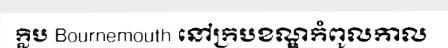
ក្លិប Bournemouth នៅក្របខណ្ឌកំពូលកាល